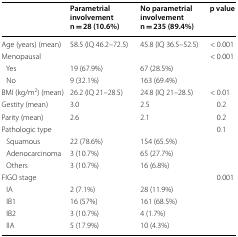
<table><thead><tr><td></td><td><b>Parametrial involvement n = 28 (10.6%)</b></td><td><b>No parametrial involvement n = 235 (89.4%)</b></td><td><b>p value</b></td></tr></thead><tbody><tr><td>Age (years) (mean)</td><td>58.5 (IQ 46.2–72.5)</td><td>45.8 (IQ 36.5–52.5)</td><td>&lt; 0.001</td></tr><tr><td>Menopausal</td><td></td><td></td><td>&lt; 0.001</td></tr><tr><td> Yes</td><td>19 (67.9%)</td><td>67 (28.5%)</td><td></td></tr><tr><td> No</td><td>9 (32.1%)</td><td>163 (69.4%)</td><td></td></tr><tr><td>BMI (kg/m<sup>2</sup>) (mean)</td><td>26.2 (IQ 21–28.5)</td><td>24.8 (IQ 21–28.5)</td><td>&lt; 0.01</td></tr><tr><td>Gestity (mean)</td><td>3.0</td><td>2.5</td><td>0.2</td></tr><tr><td>Parity (mean)</td><td>2.6</td><td>2.1</td><td>0.2</td></tr><tr><td>Pathologic type</td><td></td><td></td><td>0.1</td></tr><tr><td> Squamous</td><td>22 (78.6%)</td><td>154 (65.5%)</td><td></td></tr><tr><td> Adenocarcinoma</td><td>3 (10.7%)</td><td>65 (27.7%)</td><td></td></tr><tr><td> Others</td><td>3 (10.7%)</td><td>16 (6.8%)</td><td></td></tr><tr><td>FIGO stage</td><td></td><td></td><td>0.001</td></tr><tr><td> IA</td><td>2 (7.1%)</td><td>28 (11.9%)</td><td></td></tr><tr><td> IB1</td><td>16 (57%)</td><td>161 (68.5%)</td><td></td></tr><tr><td> IB2</td><td>3 (10.7%)</td><td>4 (1.7%)</td><td></td></tr><tr><td> IIA</td><td>5 (17.9%)</td><td>10 (4.3%)</td><td></td></tr></tbody></table>